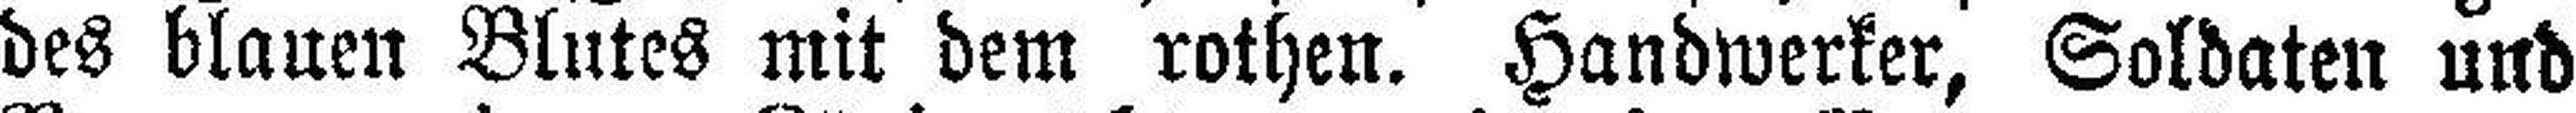
des blauen Blutes mit dem rothen. Handwerker, Soldaten und